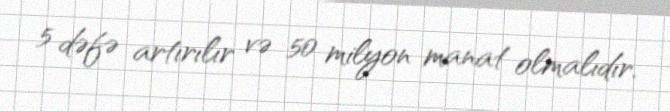
5 dəfə artırılır və 50 milyon manat olmalıdır.